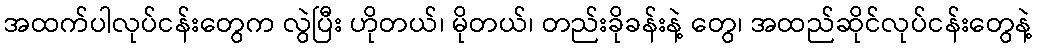
အထက်ပါလုပ်ငန်းတွေက လွဲပြီး ဟိုတယ်၊ မိုတယ်၊ တည်းခိုခန်းနဲ့ တွေ၊ အထည်ဆိုင်လုပ်ငန်းတွေနဲ့